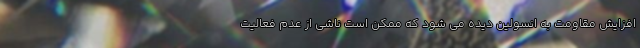
افزایش مقاومت به انسولین دیده می شود که ممکن است ناشی از عدم فعالیت